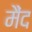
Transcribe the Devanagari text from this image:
मैंद